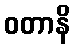
ဝတာနိ